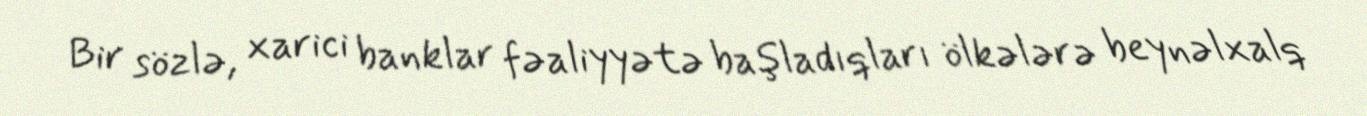
Bir sözlə, xarici banklar fəaliyyətə başladıqları ölkələrə beynəlxalq